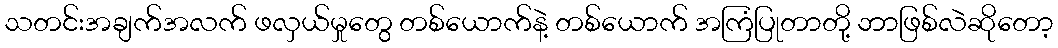
သတင်းအချက်အလက် ဖလှယ်မှုတွေ တစ်ယောက်နဲ့ တစ်ယောက် အကြံပြုတာတို့ ဘာဖြစ်လဲဆိုတော့